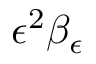
\epsilon ^ { 2 } \beta _ { \epsilon }